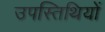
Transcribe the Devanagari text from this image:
उपस्तिथियों